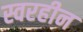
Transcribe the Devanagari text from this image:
स्वरहीन